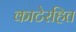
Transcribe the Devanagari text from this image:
काटेरहित